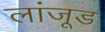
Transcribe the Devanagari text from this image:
लांजूड